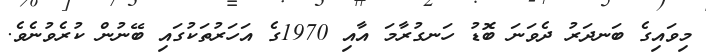
މިވައިގެ ބަނދަރު ދެވަނަ ބޮޑު ހަނގުރާމަ އާއި 1970ގެ އަހަރުތަކުގައި ބޭނުން ކުރެވުނެވެ.